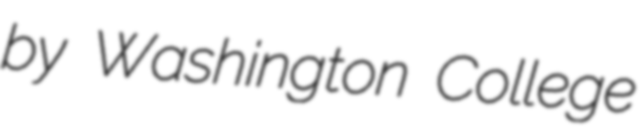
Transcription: by Washington College